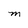
Character: M